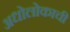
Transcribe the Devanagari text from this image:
अधोलोकाची